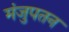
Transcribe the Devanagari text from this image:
मंजुपतन